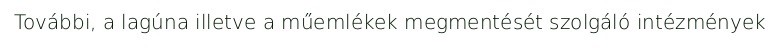
További, a lagúna illetve a műemlékek megmentését szolgáló intézmények